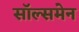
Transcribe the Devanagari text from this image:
सॉल्समेन